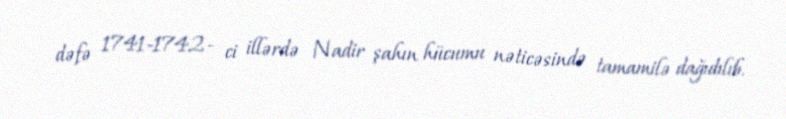
dəfə 1741-1742- ci illərdə Nadir şahın hücumu nəticəsində tamamilə dağıdılıb.